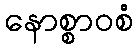
နောစ္စာဝစံ